Report on lock hospitals in British Burma
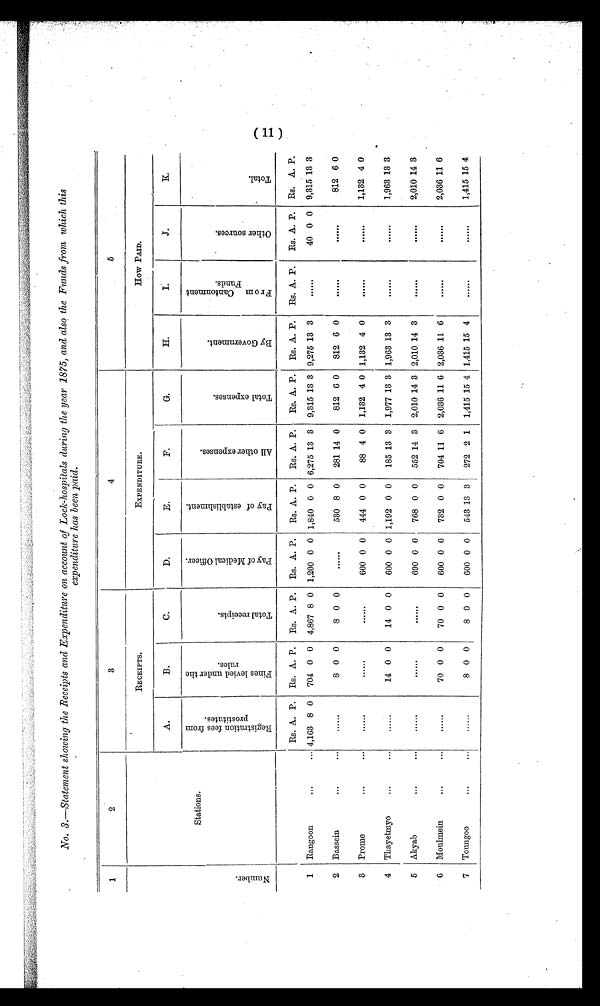
No. 3.—Statement showing the Receipts and Expenditure on account of Lock-hospitals during the year 1875, and also the Funds from which this
expenditure has been paid.
1
2
3
4
5
N u m b e r .
Stations.
RECEIPTS.
EXPENDITURE.
HOW PAID.
A.
B.
C.
D.
E.
F.
G.
H.
I.
J.
K .
R e g i s t r a t i o n f e e s f r o m
p r o s t i t u t e s .
F i n e s l e v i e d u n d e r t h e
r u l e s .
T o t a l r e c e i p t s .
P a y o f M e d i c a l O f f i c e r .
P a y o f e s t a b l i s h m e n t .
A l l o t h e r e x p e n s e s .
T o t a l e x p e n s e s .
B y G o v e r n m e n t .
F r o m C a n t o n m e n t
F u n d s .
O t h e r s o u r c e s .
Tot al .
Rs. A. P.
Rs. A. P. Rs. A. P. Rs. A. P.
Rs. A. P.
Rs. A. P.
Rs. A. P. Rs. A. P.
Rs. A. P.
Rs. A. P. Rs. A. P.
1 Rangoon
. . .
... 4,163 8 0 704 0 0 4,867 8 0 1,200 0 0 1,840 0 0 6,275 13 3 9,315 13 3 9,275 13 3
. . . . . .
40 0 0 9,315 13 3
2 Bassein
. . .
...
......
8 0 0
8 0 0
......
530 8 0
281 14 0
812 6 0
812 6 0
...... ......
812 6 0
3 Prome
...
...
......
...... ......
600 0 0
444 0 0
88 4 0 1,132 4 0 1,132 4 0
......
. . . . . .
1,132 4 0
4 Thayetmyo
. . .
...
......
14 0 0
14 0 0
600 0 0 1,192 0 0
185 13 3 1,977 13 3 1,963 13 3 ......
......
1,963 13 3
5 Akyab
. . .
...
...... ......
......
690 0 0
768 0 0
552 14 3 2,010 14 3 2,010 14 3 ......
......
2,010 14 3
6 Moulmein
. . .
...
......
70 0 0
70 0 0
600 0 0
732 0 0
704 11 6 2,036 11 6 2,036 11 6 ......
......
2,036 11 6
7 Toungoo
...
...
......
8 0 0
8 0 0
600 0 0
543 13 3
272 2 1 1,415 15 4 1,415 15 4 ......
......
1,415 15 4